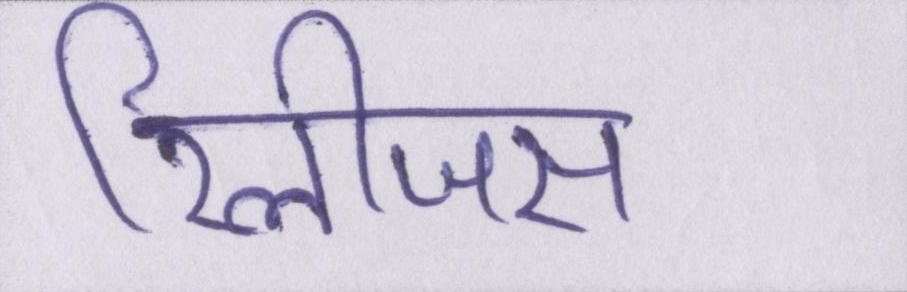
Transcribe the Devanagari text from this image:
रिलीजस